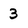
Character: 3